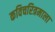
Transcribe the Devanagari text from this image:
कविचरित्रमाला